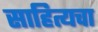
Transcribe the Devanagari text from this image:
साहित्यचा